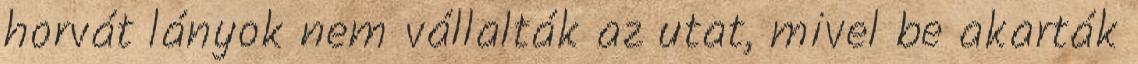
horvát lányok nem vállalták az utat, mivel be akarták